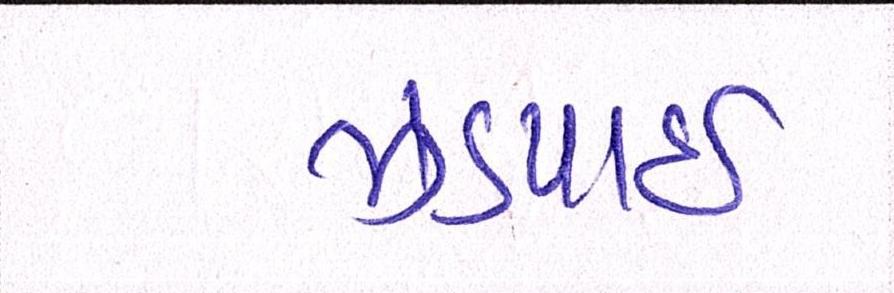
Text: ઝડપાઈ